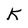
Character: K